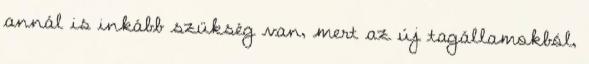
annál is inkább szükség van, mert az új tagállamokból,